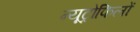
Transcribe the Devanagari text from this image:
न्यूट्रोफिलों